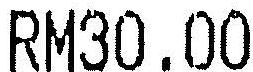
RM30.00